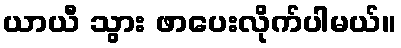
ယာယီ သွား ဖာပေးလိုက်ပါမယ်။